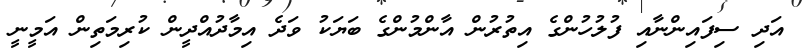
އަދި ސިފައިންނާއި ފުލުހުންގެ އިތުރުން އާންމުންގެ ބަޔަކު ވަދެ އިމާދުއްދީން ކުރިމަތިން އަމީނީ